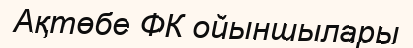
Ақтөбе ФК ойыншылары